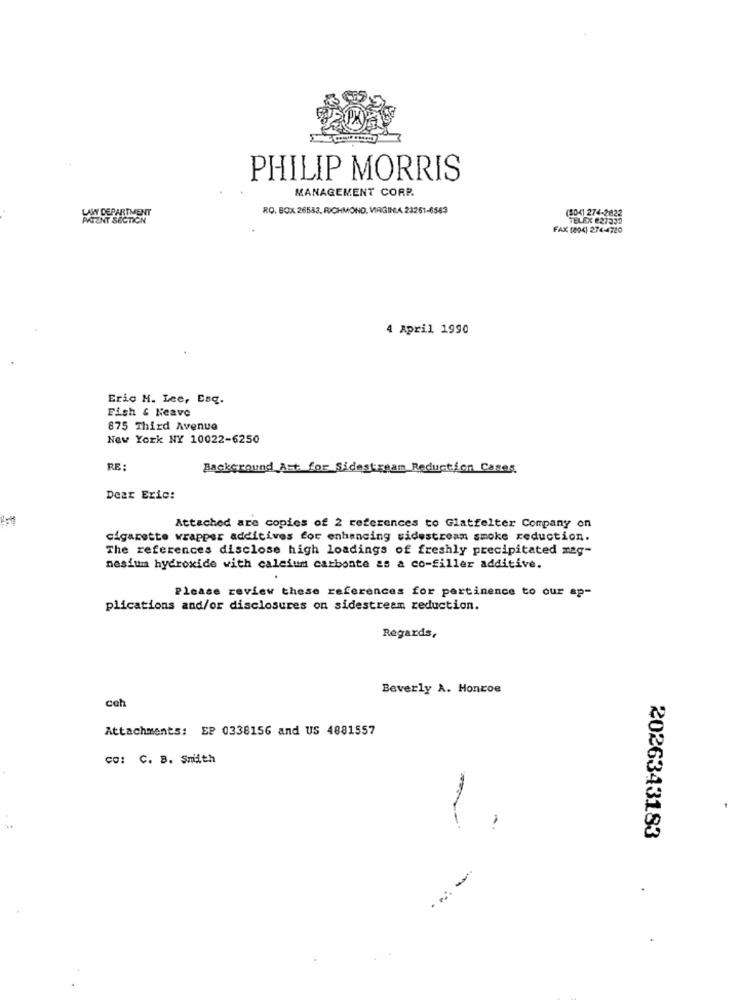
PHILIP MORRIS
MANAGEMENT CORP.
LAW DEPARTMENT
RO. BOX 26583. RICHMOND, VIRGINIA 23251-6563
(504) 274-2822
PATENT SECTION
TELEX 627335
FAX (804) 274-4720
4 April 1990
Eric H. Lee, Esq.
Fish & Neave
875 Third Avenue
New York NY 10022-6250
RE:
Background Art for Sidestream Reduction Cases
Dear Eric:
Attached are copies of 2 references to Glatfelter Company on
cigarette wrapper additives for enhancing sidestream smoke reduction.
The references disclose high loadings of freshly precipitated mag-
nesium hydroxide with calcium carbonte as a co-filler additive.
Please review these references for pertinence to our ap-
plications and/or disclosures on sidestream reduction.
Regards,
Beverly A. Honcoe
ceh
Attachments: EP 0338156 and US 4881557
CO: C. B. Smith
2026343183
. ..